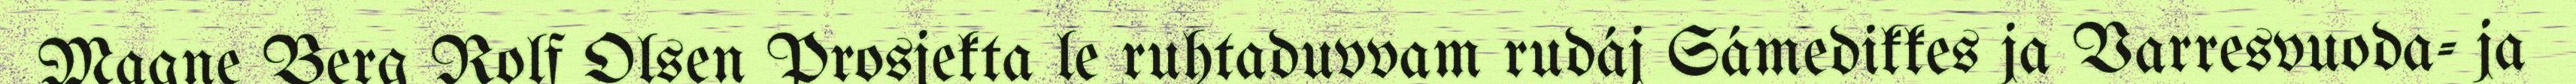
Magne Berg Rolf Olsen Prosjekta le ruhtaduvvam rudáj Sámedikkes ja Varresvuoda- ja